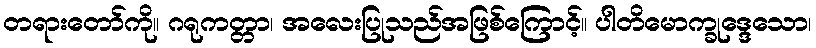
တရားတော်ကို။ ဂရုကတ္တာ၊ အလေးပြုသည်အဖြစ်ကြောင့်။ ပါတိမောက္ခုဒ္ဒေသော၊